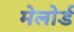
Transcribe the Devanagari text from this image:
मेलोर्ड